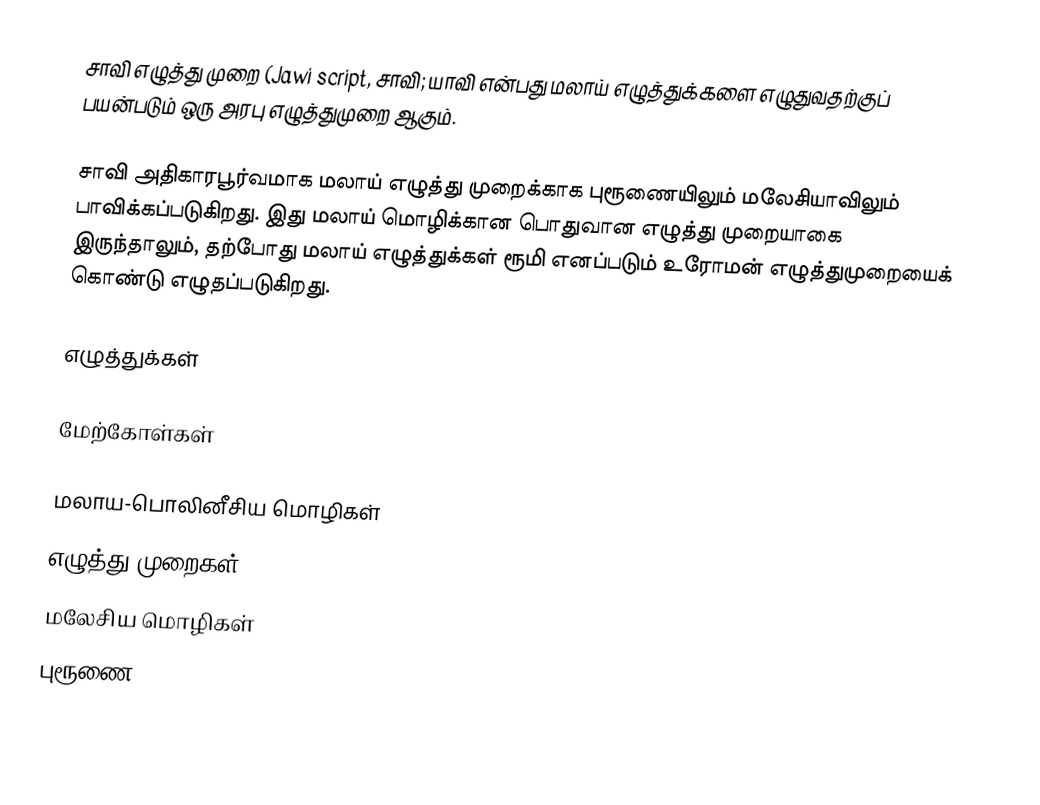
சாவி எழுத்து முறை (Jawi script,  சாவி; யாவி என்பது மலாய் எழுத்துக்களை எழுதுவதற்குப் பயன்படும் ஒரு அரபு எழுத்துமுறை ஆகும்.

சாவி அதிகாரபூர்வமாக மலாய் எழுத்து முறைக்காக புரூணையிலும் மலேசியாவிலும் பாவிக்கப்படுகிறது. இது மலாய் மொழிக்கான பொதுவான எழுத்து முறையாகை இருந்தாலும், தற்போது மலாய் எழுத்துக்கள் ரூமி எனப்படும் உரோமன் எழுத்துமுறையைக் கொண்டு எழுதப்படுகிறது.

எழுத்துக்கள்

மேற்கோள்கள்

மலாய-பொலினீசிய மொழிகள்
எழுத்து முறைகள்
மலேசிய மொழிகள்
புரூணை